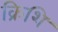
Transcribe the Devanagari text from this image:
क्रिशि